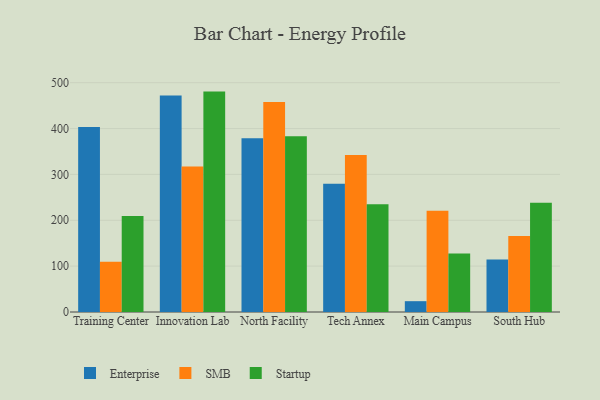
{"axis": {"x": "Campus", "y": "Market Share (%)"}, "legend": ["Enterprise", "SMB", "Startup"], "data": [{"x": "Training Center", "y": 403.5, "type": "Enterprise"}, {"x": "Training Center", "y": 109.4, "type": "SMB"}, {"x": "Training Center", "y": 209.2, "type": "Startup"}, {"x": "Innovation Lab", "y": 472.3, "type": "Enterprise"}, {"x": "Innovation Lab", "y": 317.1, "type": "SMB"}, {"x": "Innovation Lab", "y": 480.6, "type": "Startup"}, {"x": "North Facility", "y": 378.8, "type": "Enterprise"}, {"x": "North Facility", "y": 457.7, "type": "SMB"}, {"x": "North Facility", "y": 383.1, "type": "Startup"}, {"x": "Tech Annex", "y": 279.4, "type": "Enterprise"}, {"x": "Tech Annex", "y": 342.6, "type": "SMB"}, {"x": "Tech Annex", "y": 234.8, "type": "Startup"}, {"x": "Main Campus", "y": 23.6, "type": "Enterprise"}, {"x": "Main Campus", "y": 221.0, "type": "SMB"}, {"x": "Main Campus", "y": 127.8, "type": "Startup"}, {"x": "South Hub", "y": 114.3, "type": "Enterprise"}, {"x": "South Hub", "y": 165.9, "type": "SMB"}, {"x": "South Hub", "y": 238.4, "type": "Startup"}]}